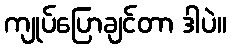
ကျုပ်ပြောချင်တာ ဒါပဲ။